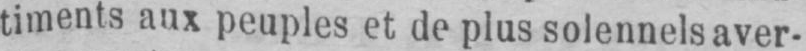
timents aux peuples et de plus solennels aver-